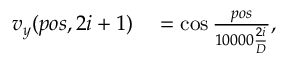
\begin{array} { r l } { v _ { y } ( p o s , 2 i + 1 ) } & { { } = \cos \frac { p o s } { 1 0 0 0 0 \frac { 2 i } { D } } , } \end{array}